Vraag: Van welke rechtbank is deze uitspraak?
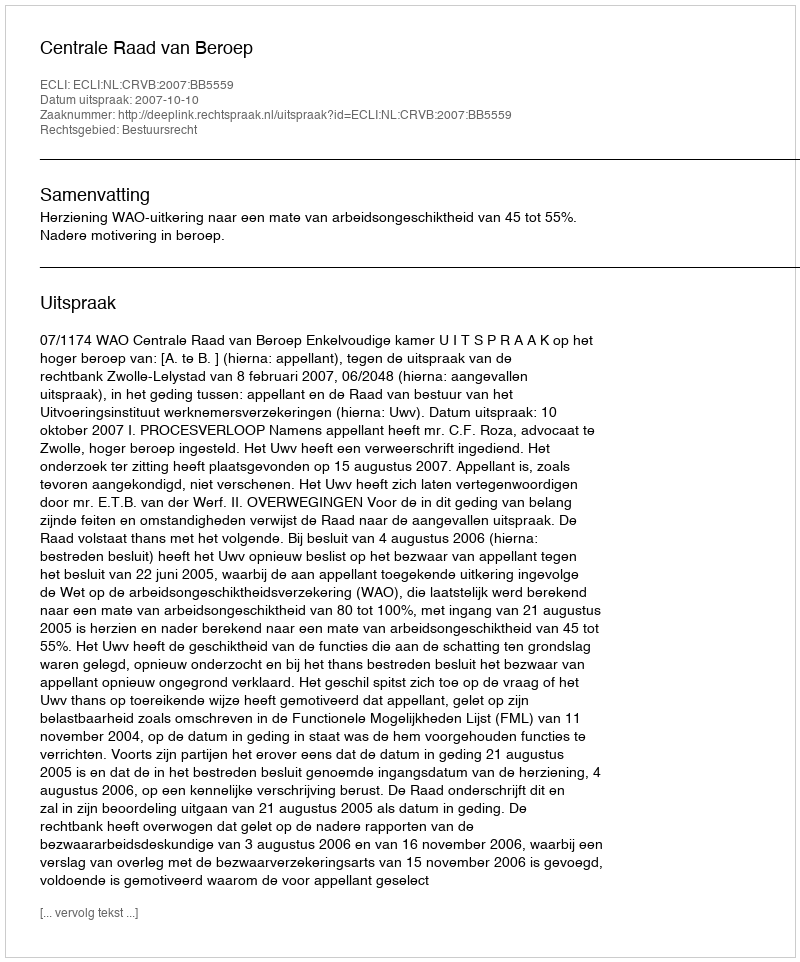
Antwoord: Centrale Raad van Beroep